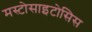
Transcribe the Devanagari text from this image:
मस्टोसाइटोसिस